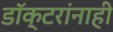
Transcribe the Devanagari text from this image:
डॉक्टरांनाही